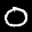
Label: 0